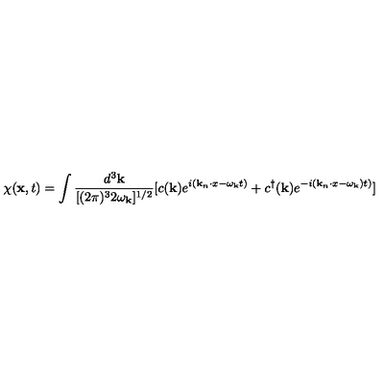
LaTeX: \chi ( { \bf x } , t ) = \int \frac { d ^ { 3 } { \bf k } } { [ ( 2 \pi ) ^ { 3 } 2 \omega _ { \bf k } ] ^ { 1 / 2 } } [ c ( { \bf k } ) e ^ { i ( { \bf k } _ { n } \cdot x - \omega _ { \bf k } t ) } + c ^ { \dagger } ( { \bf k } ) e ^ { - i ( { \bf k } _ { n } \cdot x - \omega _ { \bf k } ) t ) } ]